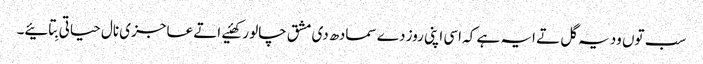
سب توں ودیہ گل تے ایہ ہے کہ اسی اپنی روز دے سمادھ دی مشق چالو رکھئیے اتے عاجزی نال حیاتی بِتائیے۔